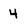
Character: 4